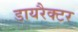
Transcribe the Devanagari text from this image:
डायरैक्टर